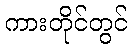
ကားတိုင်တွင်